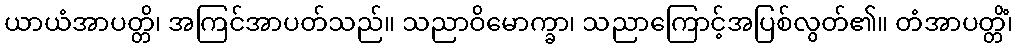
ယာယံအာပတ္တိ၊ အကြင်အာပတ်သည်။ သညာဝိမောက္ခာ၊ သညာကြောင့်အပြစ်လွတ်၏။ တံအာပတ္တိံ၊